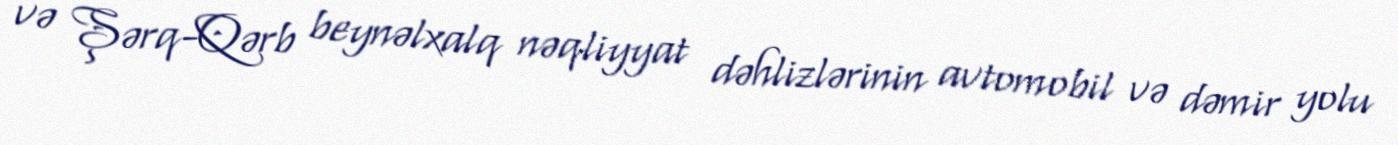
və Şərq-Qərb beynəlxalq nəqliyyat dəhlizlərinin avtomobil və dəmir yolu